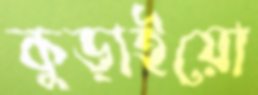
কুড়াইয়ো